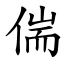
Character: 偳